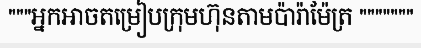
"""អ្នកអាចតម្រៀបក្រុមហ៊ុនតាមប៉ារ៉ាម៉ែត្រ """""""